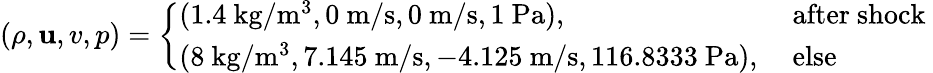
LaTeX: (\rho,\mathbf{u},v,p)=\left\{ \begin{array}{ll}{(1.4\mathrm{~kg}/\mathrm{m}^{3},0\mathrm{~m}/\mathrm{s},0\mathrm{~m}/\mathrm{s},1\mathrm{~Pa}),}&{\mathrm{~after~shock~}}\\ {(8\mathrm{~kg}/\mathrm{m}^{3},7.145\mathrm{~m}/\mathrm{s},-4.125\mathrm{~m}/\mathrm{s},116.8333\mathrm{~Pa}),}&{\mathrm{~else~}}\end{array}\right.